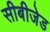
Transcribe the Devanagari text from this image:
सीबीजेड